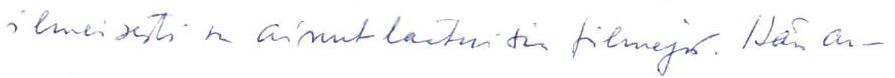
ilmeisesti on ainutlaatuisia filmejä. Hän ar-